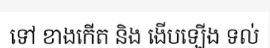
ទៅ ខាងកើត និង ងើបឡើង ទល់